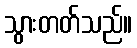
သွားတတ်သည်။